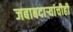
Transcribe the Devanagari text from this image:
जबाबदाऱ्यांचीही